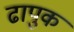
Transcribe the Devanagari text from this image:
ढापुक